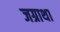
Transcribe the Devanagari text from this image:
जग्राथा